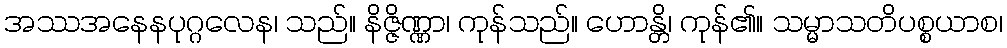
အဿအနေနပုဂ္ဂလေန၊ သည်။ နိဇ္ဇိဏ္ဏာ၊ ကုန်သည်။ ဟောန္တိ၊ ကုန်၏။ သမ္မာသတိပစ္စယာစ၊